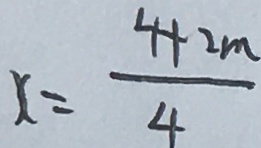
x = \frac { 4 + 2 m } { 4 }